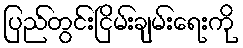
ပြည်တွင်းငြိမ်းချမ်းရေးကို